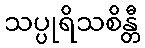
သပ္ပုရိသစိန္တီ